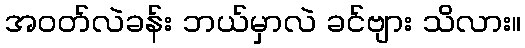
အဝတ်လဲခန်း ဘယ်မှာလဲ ခင်ဗျား သိလား။